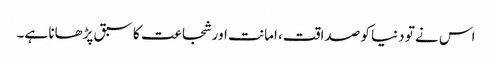
اس نے تو دنیا کو صداقت، امانت اور شجاعت کا سبق پڑھانا ہے۔